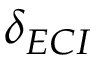
\delta _ { E C I }